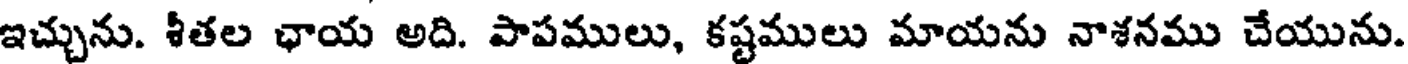
ఇచ్చును. శీతల ఛాయ అది. పాపములు, కష్టములు మాయను నాశనము చేయును.